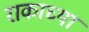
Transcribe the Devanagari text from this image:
राकाच्या